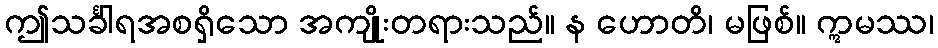
ဤသင်္ခါရအစရှိသော အကျိုးတရားသည်။ န ဟောတိ၊ မဖြစ်။ ဣမဿ၊